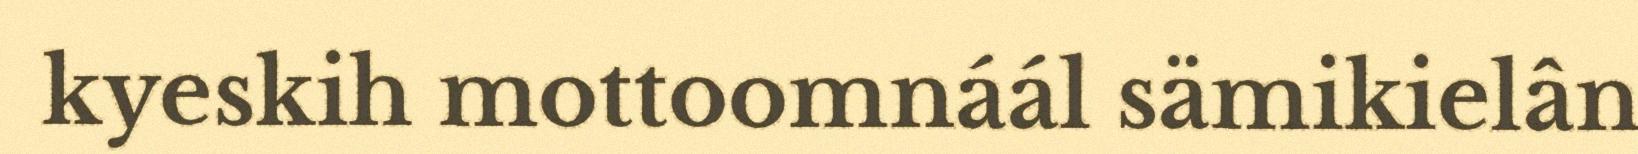
kyeskih mottoomnáál sämikielân